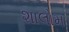
શાલોમ